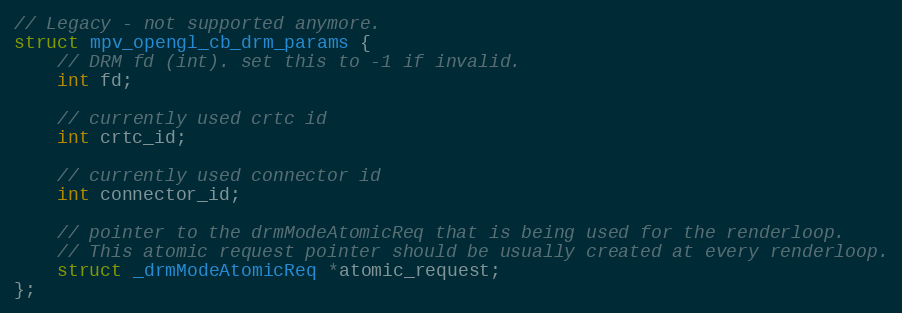
Language: C
// Legacy - not supported anymore.
struct mpv_opengl_cb_drm_params {
    // DRM fd (int). set this to -1 if invalid.
    int fd;

    // currently used crtc id
    int crtc_id;

    // currently used connector id
    int connector_id;

    // pointer to the drmModeAtomicReq that is being used for the renderloop.
    // This atomic request pointer should be usually created at every renderloop.
    struct _drmModeAtomicReq *atomic_request;
};